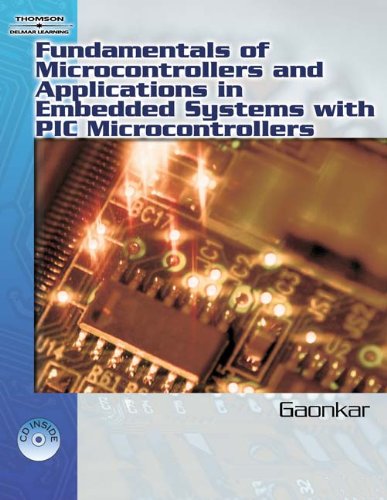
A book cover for Fundamentals of Microcontrollers and Applications in Embedded Systems with PIC Microcontrollers; Ramesh S. Gaonkar; Computers & Technology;